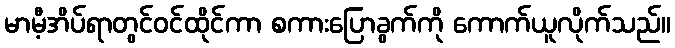
မာမီ့အိပ်ရာတွင်ဝင်ထိုင်ကာ စကားပြောခွက်ကို ကောက်ယူလိုက်သည်။